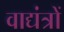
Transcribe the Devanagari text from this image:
वाद्यंत्रों